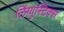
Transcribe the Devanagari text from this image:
लिंग्युस्टिक्स